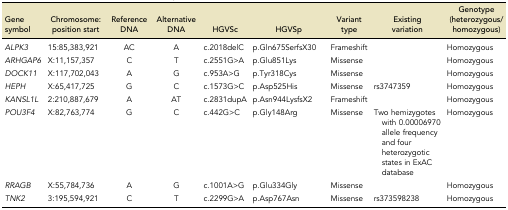
<table><thead><tr><td><b>Gene symbol</b></td><td><b>Chromosome: position start</b></td><td><b>Reference DNA</b></td><td><b>Alternative DNA</b></td><td><b>HGVSc</b></td><td><b>HGVSp</b></td><td><b>Variant type</b></td><td><b>Existing variation</b></td><td><b>Genotype (heterozygous/homozygous)</b></td></tr></thead><tbody><tr><td><i>ALPK3</i></td><td>15:85,383,921</td><td>AC</td><td>A</td><td>c.2018delC</td><td>p.Gln675SerfsX30</td><td>Frameshift</td><td> </td><td>Homozygous</td></tr><tr><td><i>ARHGAP6</i></td><td>X:11,157,357</td><td>C</td><td>T</td><td>c.2551G&gt;A</td><td>p.Glu851Lys</td><td>Missense</td><td> </td><td>Homozygous</td></tr><tr><td><i>DOCK11</i></td><td>X:117,702,043</td><td>A</td><td>G</td><td>c.953A&gt;G</td><td>p.Tyr318Cys</td><td>Missense</td><td> </td><td>Homozygous</td></tr><tr><td><i>HEPH</i></td><td>X:65,417,725</td><td>G</td><td>C</td><td>c.1573G&gt;C</td><td>p.Asp525His</td><td>Missense</td><td>rs3747359</td><td>Homozygous</td></tr><tr><td><i>KANSL1L</i></td><td>2:210,887,679</td><td>A</td><td>AT</td><td>c.2831dupA</td><td>p.Asn944LysfsX2</td><td>Frameshift</td><td> </td><td>Homozygous</td></tr><tr><td><i>POU3F4</i></td><td>X:82,763,774</td><td>G</td><td>C</td><td>c.442G&gt;C</td><td>p.Gly148Arg</td><td>Missense</td><td>Two hemizygotes with 0.00006970 allele frequency and four heterozygotic states in ExAC database</td><td>Homozygous</td></tr><tr><td><i>RRAGB</i></td><td>X:55,784,736</td><td>A</td><td>G</td><td>c.1001A&gt;G</td><td>p.Glu334Gly</td><td>Missense</td><td> </td><td>Homozygous</td></tr><tr><td><i>TNK2</i></td><td>3:195,594,921</td><td>C</td><td>T</td><td>c.2299G&gt;A</td><td>p.Asp767Asn</td><td>Missense</td><td>rs373598238</td><td>Homozygous</td></tr></tbody></table>